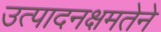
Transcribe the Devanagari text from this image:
उत्पादनक्षमतेने